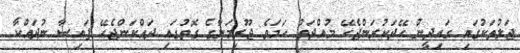
ޖަލުތަކުގައި ގައިދީން ހޭދަކުރަންޖެހޭ މުއްދަތު ހަމަވެ ޖޫރިމަނާގެ ގޮތުގައި ދައްކަންޖެހޭ ފައިސާ ނުދައްކާ